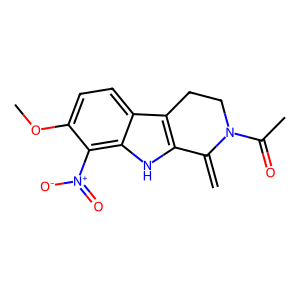
SMILES: C=C1c2[nH]c3c([N+](=O)[O-])c(OC)ccc3c2CCN1C(C)=O
Inhibits HIV replication: No